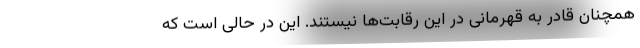
همچنان قادر به قهرمانی در این رقابت‌ها نیستند. این در حالی است که